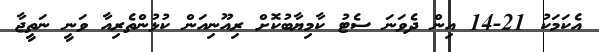
އެކަމަކު 21-14 އިން ދެވަނަ ސެޓު ކާމިޔާބުކޮށް ރިއޫނިއަން ކުޅުންތެރިއާ ވަނީ ނަތީޖާ